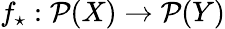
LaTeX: f_{\star}:{\mathcal{P}}(X)\rightarrow{\mathcal{P}}(Y)